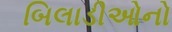
બિલાડીઓનો